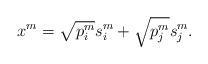
LaTeX: \begin{align*}x^m = \sqrt {{p^m_i}} {s^m_i} + \sqrt {{p^m_j}} {s^m_j}.\end{align*}